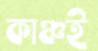
কাঞ্চই